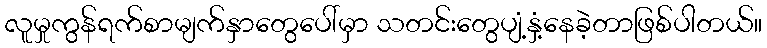
လူမှုကွန်ရက်စာမျက်နှာတွေပေါ်မှာ သတင်းတွေပျံ့နှံ့နေခဲ့တာဖြစ်ပါတယ်။